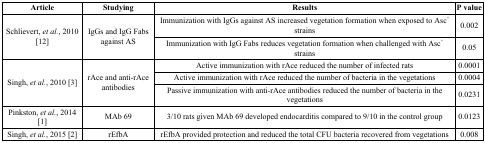
<table><thead><tr><td><b>Article</b></td><td><b>Studying</b></td><td><b>Results</b></td><td><b>P value</b></td></tr></thead><tbody><tr><td rowspan="2">Schlievert, <i>et al.</i>, 2010 [12]</td><td rowspan="2">IgGs and IgG Fabs against AS</td><td>Immunization with IgGs against AS increased vegetation formation when exposed to Asc<sup>+</sup> strains</td><td>0.002</td></tr><tr><td>Immunization with IgG Fabs reduces vegetation formation when challenged with Asc<sup>+</sup> strains</td><td>0.05</td></tr><tr><td rowspan="3">Singh, <i>et al.</i>, 2010 [3]</td><td rowspan="3">rAce and anti-rAce antibodies</td><td>Active immunization with rAce reduced the number of infected rats</td><td>0.0001</td></tr><tr><td>Active immunization with rAce reduced the number of bacteria in the vegetations</td><td>0.0004</td></tr><tr><td>Passive immunization with anti-rAce antibodies reduced the number of bacteria in the vegetations</td><td>0.0231</td></tr><tr><td>Pinkston, <i>et al.</i>, 2014 [1]</td><td>MAb 69</td><td>3/10 rats given MAb 69 developed endocarditis compared to 9/10 in the control group</td><td>0.0123</td></tr><tr><td>Singh, <i>et al.</i>, 2015 [2]</td><td>rEfbA</td><td>rEfbA provided protection and reduced the total CFU bacteria recovered from vegetations</td><td>0.008</td></tr></tbody></table>